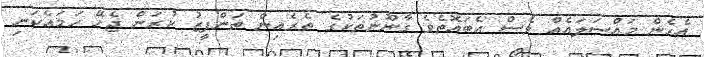
އެހެން މަައްސަލައެއް ވެސް އެބައޮތެވެ ގާނޫނުތަކުގެ ތެރެއިން ތަންފީޒު ކުރަން ޖެހޭ ހަމައެކަނި